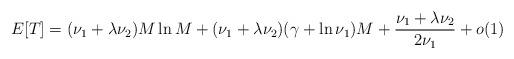
LaTeX: \begin{align*}E[T] = (\nu_1 + \lambda \nu_2) M \ln M + (\nu_1 + \lambda \nu_2)(\gamma + \ln \nu_1) M + \frac{\nu_1 + \lambda \nu_2}{2 \nu_1} + o(1)\end{align*}